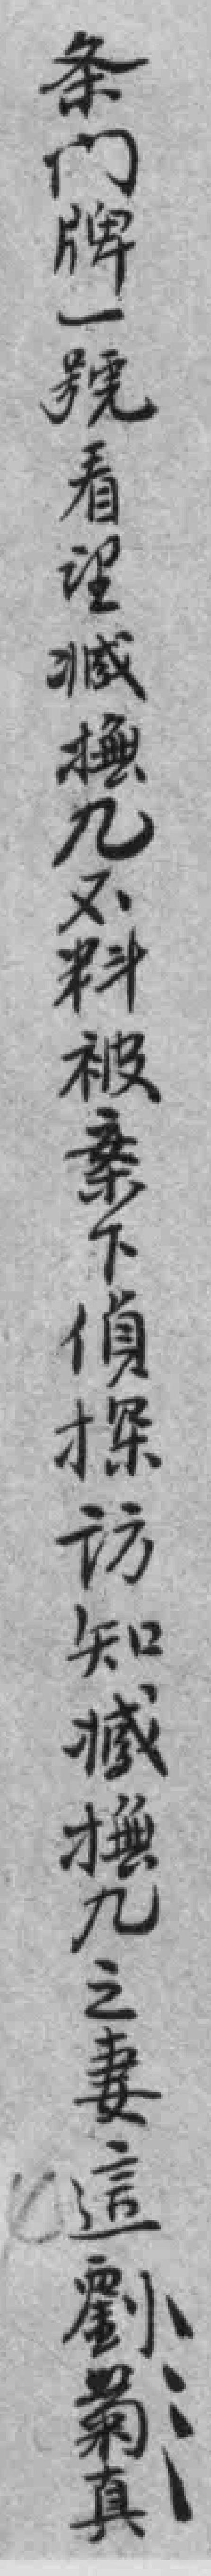
条门牌一號看臧撫几不料被案下偵探访知臧撫几之妻這劉菊真